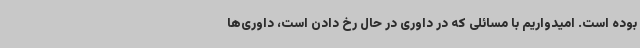
بوده است. امیدواریم با مسائلی که در داوری در حال رخ دادن است، داوری‌ها